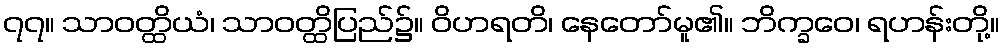
၇၇။ သာဝတ္ထိယံ၊ သာဝတ္ထိပြည်၌။ ဝိဟရတိ၊ နေတော်မူ၏။ ဘိက္ခဝေ၊ ရဟန်းတို့။